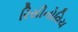
રિસીનોવિચ